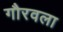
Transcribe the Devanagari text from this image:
गौरवला